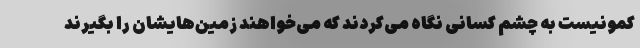
کمونیست به چشم کسانی نگاه می‌کردند که می‌خواهند زمین‌هایشان را بگیرند